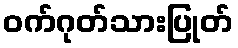
ဝက်ဂုတ်သားပြုတ်